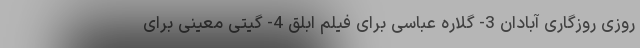
روزی روزگاری آبادان 3- گلاره عباسی برای فیلم ابلق 4- گیتی معینی برای